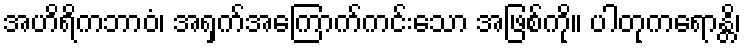
အဟိရိကဘာဝံ၊ အရှက်အကြောက်ကင်းသော အဖြစ်ကို။ ပါတုကရောန္တိ၊